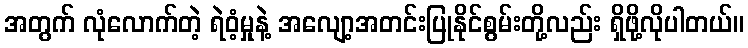
အတွက် လုံလောက်တဲ့ ရဲဝံ့မှုနဲ့ အလျော့အတင်းပြုနိုင်စွမ်းတို့လည်း ရှိဖို့လိုပါတယ်။